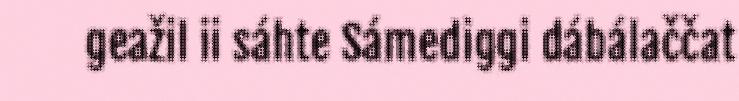
geažil ii sáhte Sámediggi dábálaččat